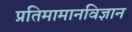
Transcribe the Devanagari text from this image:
प्रतिमामानविज्ञान